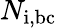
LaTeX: N_{\mathrm{i,bc}}